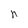
Character: n